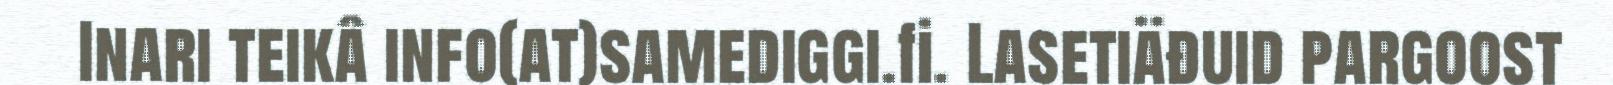
Inari teikâ info(at)samediggi.fi. Lasetiäđuid pargoost